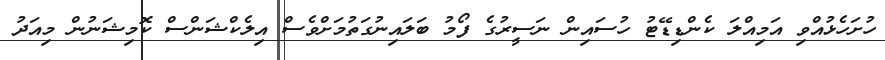
ހުށަހެޅުއްވި އަމިއްލަ ކެންޑިޑޭޓު ހުސައިން ނަސީރުގެ ފޯމު ބަލައިނުގަތުމަށްވެސް އިލެކްޝަންސް ކޮމިޝަނުން މިއަދު